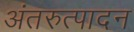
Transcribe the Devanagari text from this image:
अंतरुत्पादन